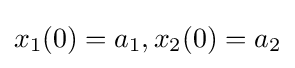
x_{1}(0)=a_{1},x_{2}(0)=a_{2}